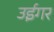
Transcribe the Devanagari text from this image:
उईगर